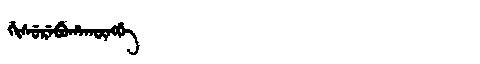
Manchu: ᡤᡳᠰᡠᡵᡝᠪᡠᡥᠠᡴᡡᠩᡤᡝ
Romanization: GISUREBUHAKŪNGGE